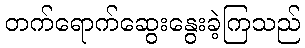
တက်ရောက်ဆွေးနွေးခဲ့ကြသည်